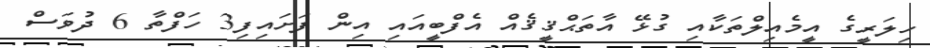
ހިލަރީގެ އީމެއިލްތަކާއި ގުޅޭ އާތަޙްޤީޤެއް އެފްބީއައި އިން ފަށައިފި3 ހަފްތާ 6 ދުވަސް